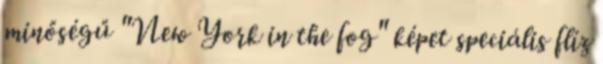
minőségű "New York in the fog" képet speciális flíz